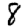
Digit: 8